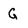
Character: G